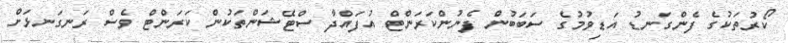
ކޯރުތަކުގެ ފެންގަނޑު އަޑިވުމުގެ ސަބަބުން ފެނުންކަރަންޓް އުފައްދާ ސްޓޭޝަންތަކުން ކަރަންޓް ވެސް ރަނގަނޅަށް